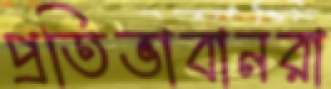
প্রতিভাবানরা